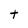
Character: t